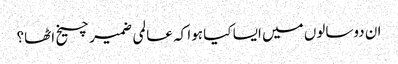
ان دوسالوں میں ایسا کیا ہوا کہ عالمی ضمیر چیخ اٹھا؟